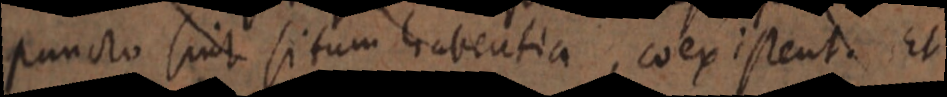
puncto sint situm habentia, coexistent. Et